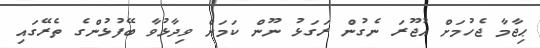
ޙިޖާމާ ޖެހުމަށް އުޖޫރަ ނެގުން ރަގަޅު ނޫން ކަމަށް ވިދާޅުވާ ބޭފުޅުންގެ ތެރޭގައި